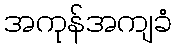
အကုန်အကျခံ